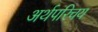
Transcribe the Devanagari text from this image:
अर्थपरिचय